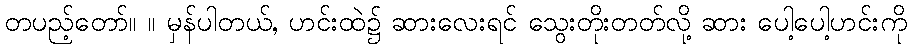
တပည့်တော်။ ။ မှန်ပါတယ်, ဟင်းထဲ၌ ဆားလေးရင် သွေးတိုးတတ်လို့ ဆား ပေါ့ပေါ့ဟင်းကို